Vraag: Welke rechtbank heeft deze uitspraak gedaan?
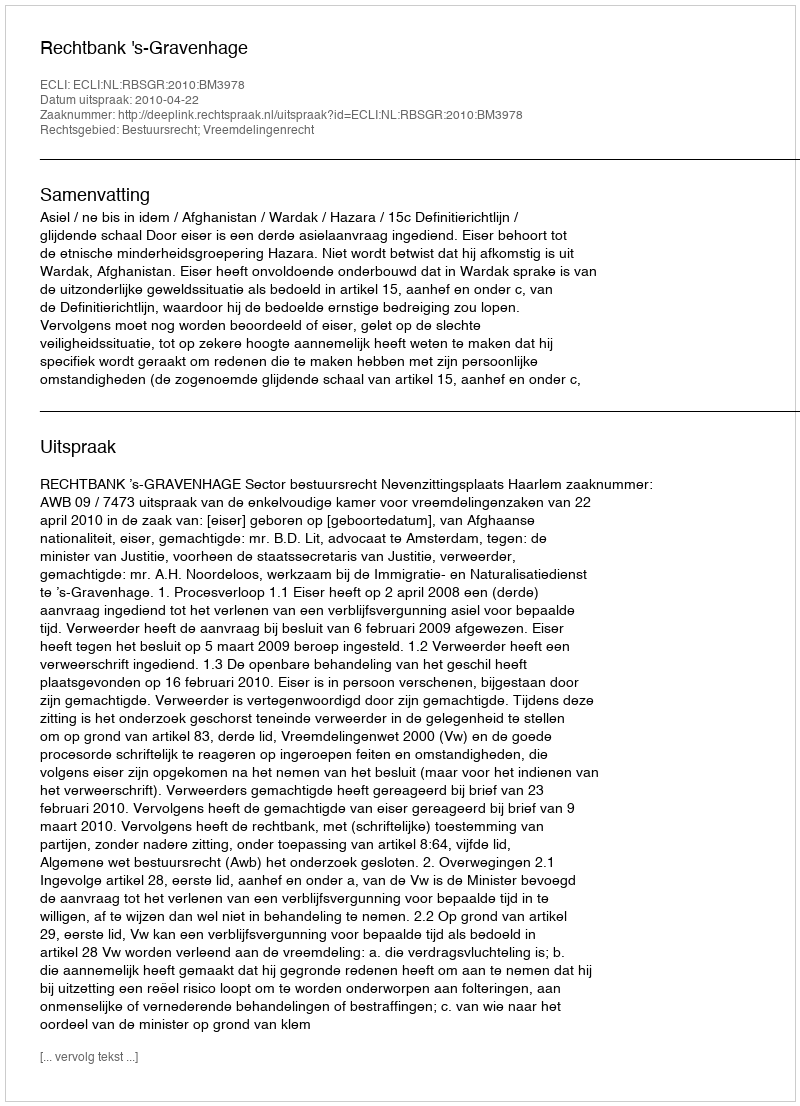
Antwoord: Rechtbank 's-Gravenhage